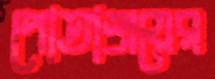
পোতাশ্রয়ের